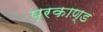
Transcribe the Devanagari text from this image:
प्रकाण्‍ड